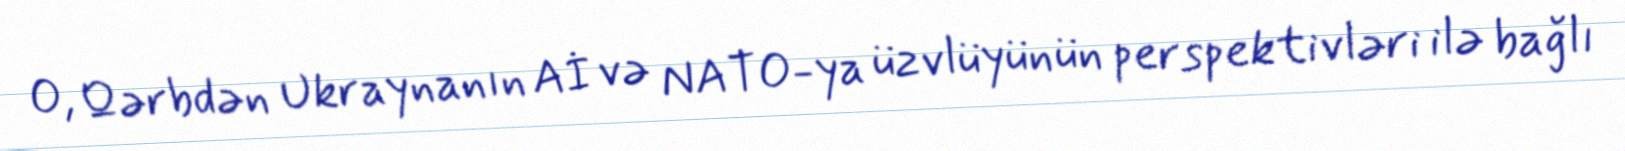
O, Qərbdən Ukraynanın Aİ və NATO-ya üzvlüyünün perspektivləri ilə bağlı